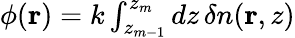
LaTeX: \begin{array}{r}{\phi(\mathbf{r})=k\int_{z_{m-1}}^{z_{m}}dz\, \delta n(\mathbf{r},z)}\end{array}